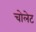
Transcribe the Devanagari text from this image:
चोलेट